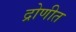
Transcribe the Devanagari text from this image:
द्रोणीत